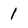
Character: 1